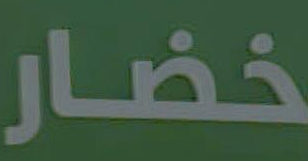
خضار